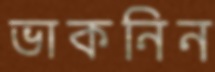
ভাকনিন